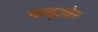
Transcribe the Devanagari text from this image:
फ्त्यूओर